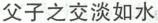
父子之交淡如水